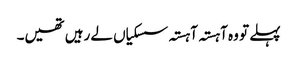
پہلے تو وہ آہستہ آہستہ سسکیاں لے رہیں تھیں۔